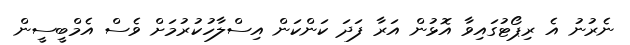
ނެރުނު އެ ރިޕޯޓުގައިވާ އޮޅުން އަރާ ފަދަ ކަންކަން އިސްލާހުކުރުމަށް ވެސް އެމްބީސީން